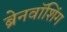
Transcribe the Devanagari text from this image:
ब्रेनवॉशिंग